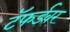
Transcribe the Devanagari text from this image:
टॅफर्डवर